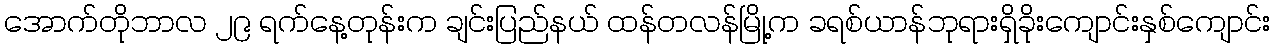
အောက်တိုဘာလ ၂၉ ရက်နေ့တုန်းက ချင်းပြည်နယ် ထန်တလန်မြို့က ခရစ်ယာန်ဘုရားရှိခိုးကျောင်းနှစ်ကျောင်း